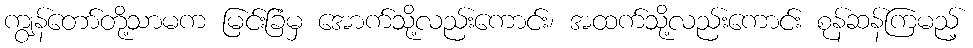
ကျွန်တော်တို့သာမက မြင်းခြံမှ အောက်သို့လည်းကောင်း၊ အထက်သို့လည်းကောင်း စုန်ဆန်ကြမည့်